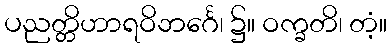
ပညတ္တိဟာရဝိဘင်္ဂေ၊ ၌။ ဝက္ခတိ၊ တံ့။